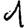
Digit: 1